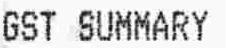
GST SUMMARY